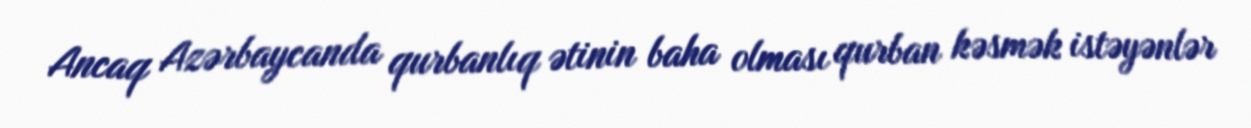
Ancaq Azərbaycanda qurbanlıq ətinin baha olması qurban kəsmək istəyənlər